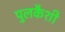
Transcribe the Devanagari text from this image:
पुलकैशी